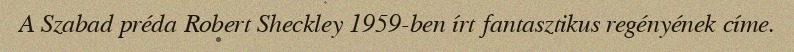
A Szabad préda Robert Sheckley 1959-ben írt fantasztikus regényének címe.